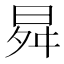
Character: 曻